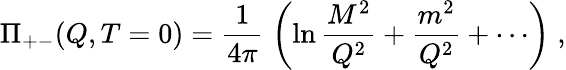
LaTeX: \Pi_{+-}(Q,T=0)=\frac{1}{4\pi}\; \left(\ln\frac{M^{2}}{Q^{2}}+\frac{m^{2}}{Q^{2}}+\cdots\right)\; ,